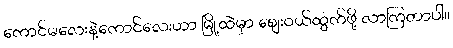
ကောင်မလေးနဲ့ကောင်လေးဟာ မြို့ထဲမှာ ဈေးဝယ်ထွက်ဖို့ လာကြတာပါ။